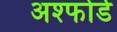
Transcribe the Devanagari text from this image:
अश्फोर्ड